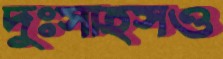
দুঃসাহসও